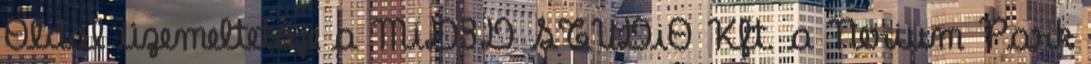
Oldal üzemeltetője a MiD3D STUDiO Kft. a Nerium Park